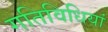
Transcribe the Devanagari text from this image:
गतिविधियां